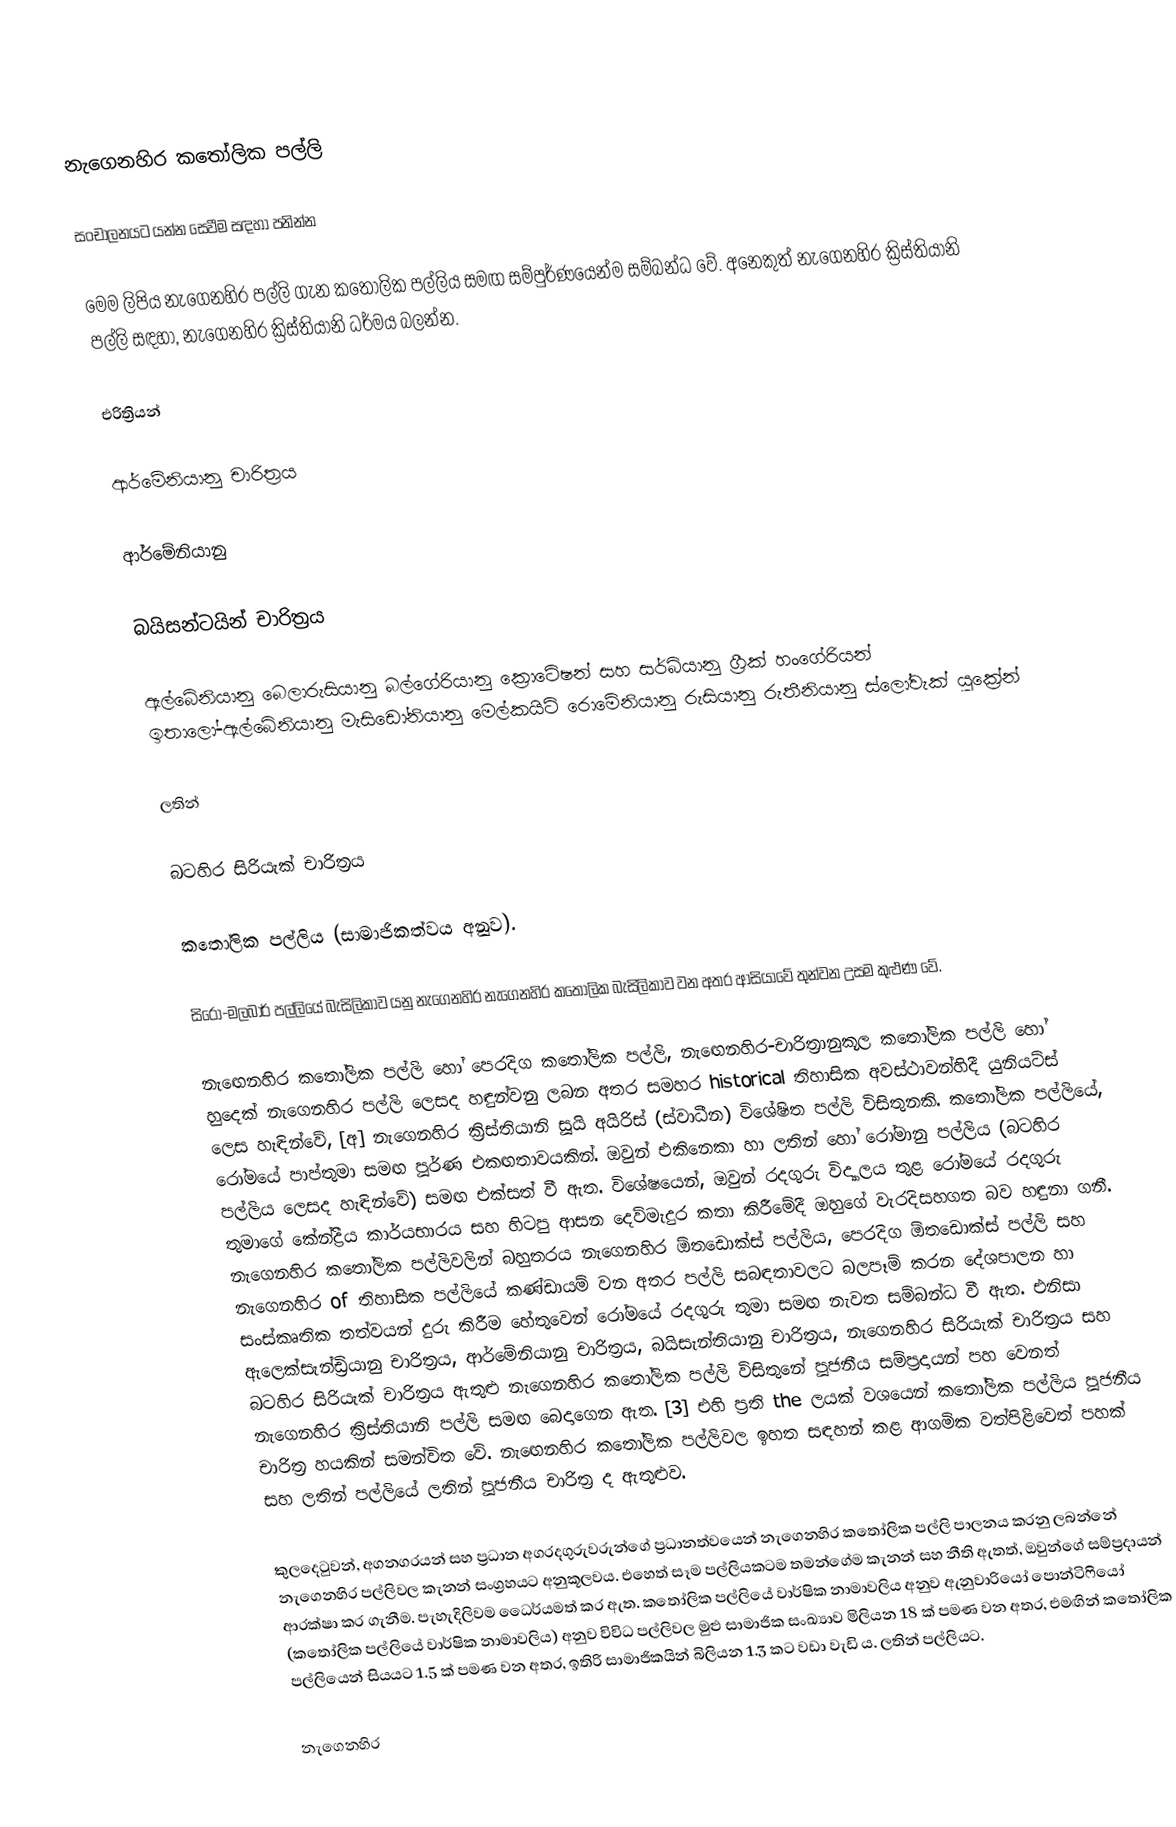
නැගෙනහිර කතෝලික පල්ලි

සංචාලනයට යන්න සෙවීම සඳහා පනින්න

මෙම ලිපිය නැගෙනහිර පල්ලි ගැන කතෝලික පල්ලිය සමඟ සම්පුර්ණයෙන්ම සම්බන්ධ වේ. අනෙකුත් නැගෙනහිර ක්‍රිස්තියානි පල්ලි සඳහා, නැගෙනහිර ක්‍රිස්තියානි ධර්මය බලන්න.

එරිත්‍රියන්

ආර්මේනියානු චාරිත්‍රය

ආර්මේනියානු

බයිසන්ටයින් චාරිත්‍රය

ඇල්බේනියානු බෙලාරුසියානු බල්ගේරියානු ක්‍රොටේෂන් සහ සර්බියානු ග්‍රීක් හංගේරියන් ඉතාලෝ-ඇල්බේනියානු මැසිඩෝනියානු මෙල්කයිට් රොමේනියානු රුසියානු රුතීනියානු ස්ලෝවැක් යුක්‍රේන්

ලතින්

බටහිර සිරියැක් චාරිත්‍රය

කතෝලික පල්ලිය (සාමාජිකත්වය අනුව).

සිරෝ-මලබාර් පල්ලියේ බැසිලිකාව යනු නැගෙනහිර නැගෙනහිර කතෝලික බැසිලිකාව වන අතර ආසියාවේ තුන්වන උසම කුළුණ වේ.

නැඟෙනහිර කතෝලික පල්ලි හෝ පෙරදිග කතෝලික පල්ලි, නැඟෙනහිර-චාරිත්‍රානුකූල කතෝලික පල්ලි හෝ හුදෙක් නැගෙනහිර පල්ලි ලෙසද හඳුන්වනු ලබන අතර සමහර historical තිහාසික අවස්ථාවන්හිදී යුනියට්ස් ලෙස හැඳින්වේ, [අ] නැගෙනහිර ක්‍රිස්තියානි සූයි අයිරිස් (ස්වාධීන) විශේෂිත පල්ලි විසිතුනකි. කතෝලික පල්ලියේ, රෝමයේ පාප්තුමා සමඟ පූර්ණ එකඟතාවයකින්. ඔවුන් එකිනෙකා හා ලතින් හෝ රෝමානු පල්ලිය (බටහිර පල්ලිය ලෙසද හැඳින්වේ) සමඟ එක්සත් වී ඇත. විශේෂයෙන්, ඔවුන් රදගුරු විද්‍යාලය තුළ රෝමයේ රදගුරු තුමාගේ කේන්ද්‍රීය කාර්යභාරය සහ හිටපු ආසන දෙව්මැදුර කතා කිරීමේදී ඔහුගේ වැරදිසහගත බව හඳුනා ගනී. නැගෙනහිර කතෝලික පල්ලිවලින් බහුතරය නැගෙනහිර ඕතඩොක්ස් පල්ලිය, පෙරදිග ඕතඩොක්ස් පල්ලි සහ නැගෙනහිර of තිහාසික පල්ලියේ කණ්ඩායම් වන අතර පල්ලි සබඳතාවලට බලපෑම් කරන දේශපාලන හා සංස්කෘතික තත්වයන් දුරු කිරීම හේතුවෙන් රෝමයේ රදගුරු තුමා සමඟ නැවත සම්බන්ධ වී ඇත. එනිසා ඇලෙක්සැන්ඩ්‍රියානු චාරිත්‍රය, ආර්මේනියානු චාරිත්‍රය, බයිසැන්තියානු චාරිත්‍රය, නැගෙනහිර සිරියැක් චාරිත්‍රය සහ බටහිර සිරියැක් චාරිත්‍රය ඇතුළු නැගෙනහිර කතෝලික පල්ලි විසිතුනේ පූජනීය සම්ප්‍රදායන් පහ වෙනත් නැගෙනහිර ක්‍රිස්තියානි පල්ලි සමඟ බෙදාගෙන ඇත. [3] එහි ප්‍රති the ලයක් වශයෙන් කතෝලික පල්ලිය පූජනීය චාරිත්‍ර හයකින් සමන්විත වේ. නැඟෙනහිර කතෝලික පල්ලිවල ඉහත සඳහන් කළ ආගමික වත්පිළිවෙත් පහක් සහ ලතින් පල්ලියේ ලතින් පූජනීය චාරිත්‍ර ද ඇතුළුව.

කුලදෙටුවන්, අගනගරයන් සහ ප්‍රධාන අගරදගුරුවරුන්ගේ ප්‍රධානත්වයෙන් නැගෙනහිර කතෝලික පල්ලි පාලනය කරනු ලබන්නේ නැගෙනහිර පල්ලිවල කැනන් සංග්‍රහයට අනුකූලවය. එහෙත් සෑම පල්ලියකටම තමන්ගේම කැනන් සහ නීති ඇතත්, ඔවුන්ගේ සම්ප්‍රදායන් ආරක්ෂා කර ගැනීම. පැහැදිලිවම ධෛර්යමත් කර ඇත. කතෝලික පල්ලියේ වාර්ෂික නාමාවලිය අනුව ඇනුවාරියෝ පොන්ටිෆියෝ (කතෝලික පල්ලියේ වාර්ෂික නාමාවලිය) අනුව විවිධ පල්ලිවල මුළු සාමාජික සංඛ්‍යාව මිලියන 18 ක් පමණ වන අතර, එමඟින් කතෝලික පල්ලියෙන් සියයට 1.5 ක් පමණ වන අතර, ඉතිරි සාමාජිකයින් බිලියන 1.3 කට වඩා වැඩි ය. ලතින් පල්ලියට.

නැගෙනහිර